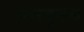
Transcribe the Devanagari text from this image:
उतरवूनच